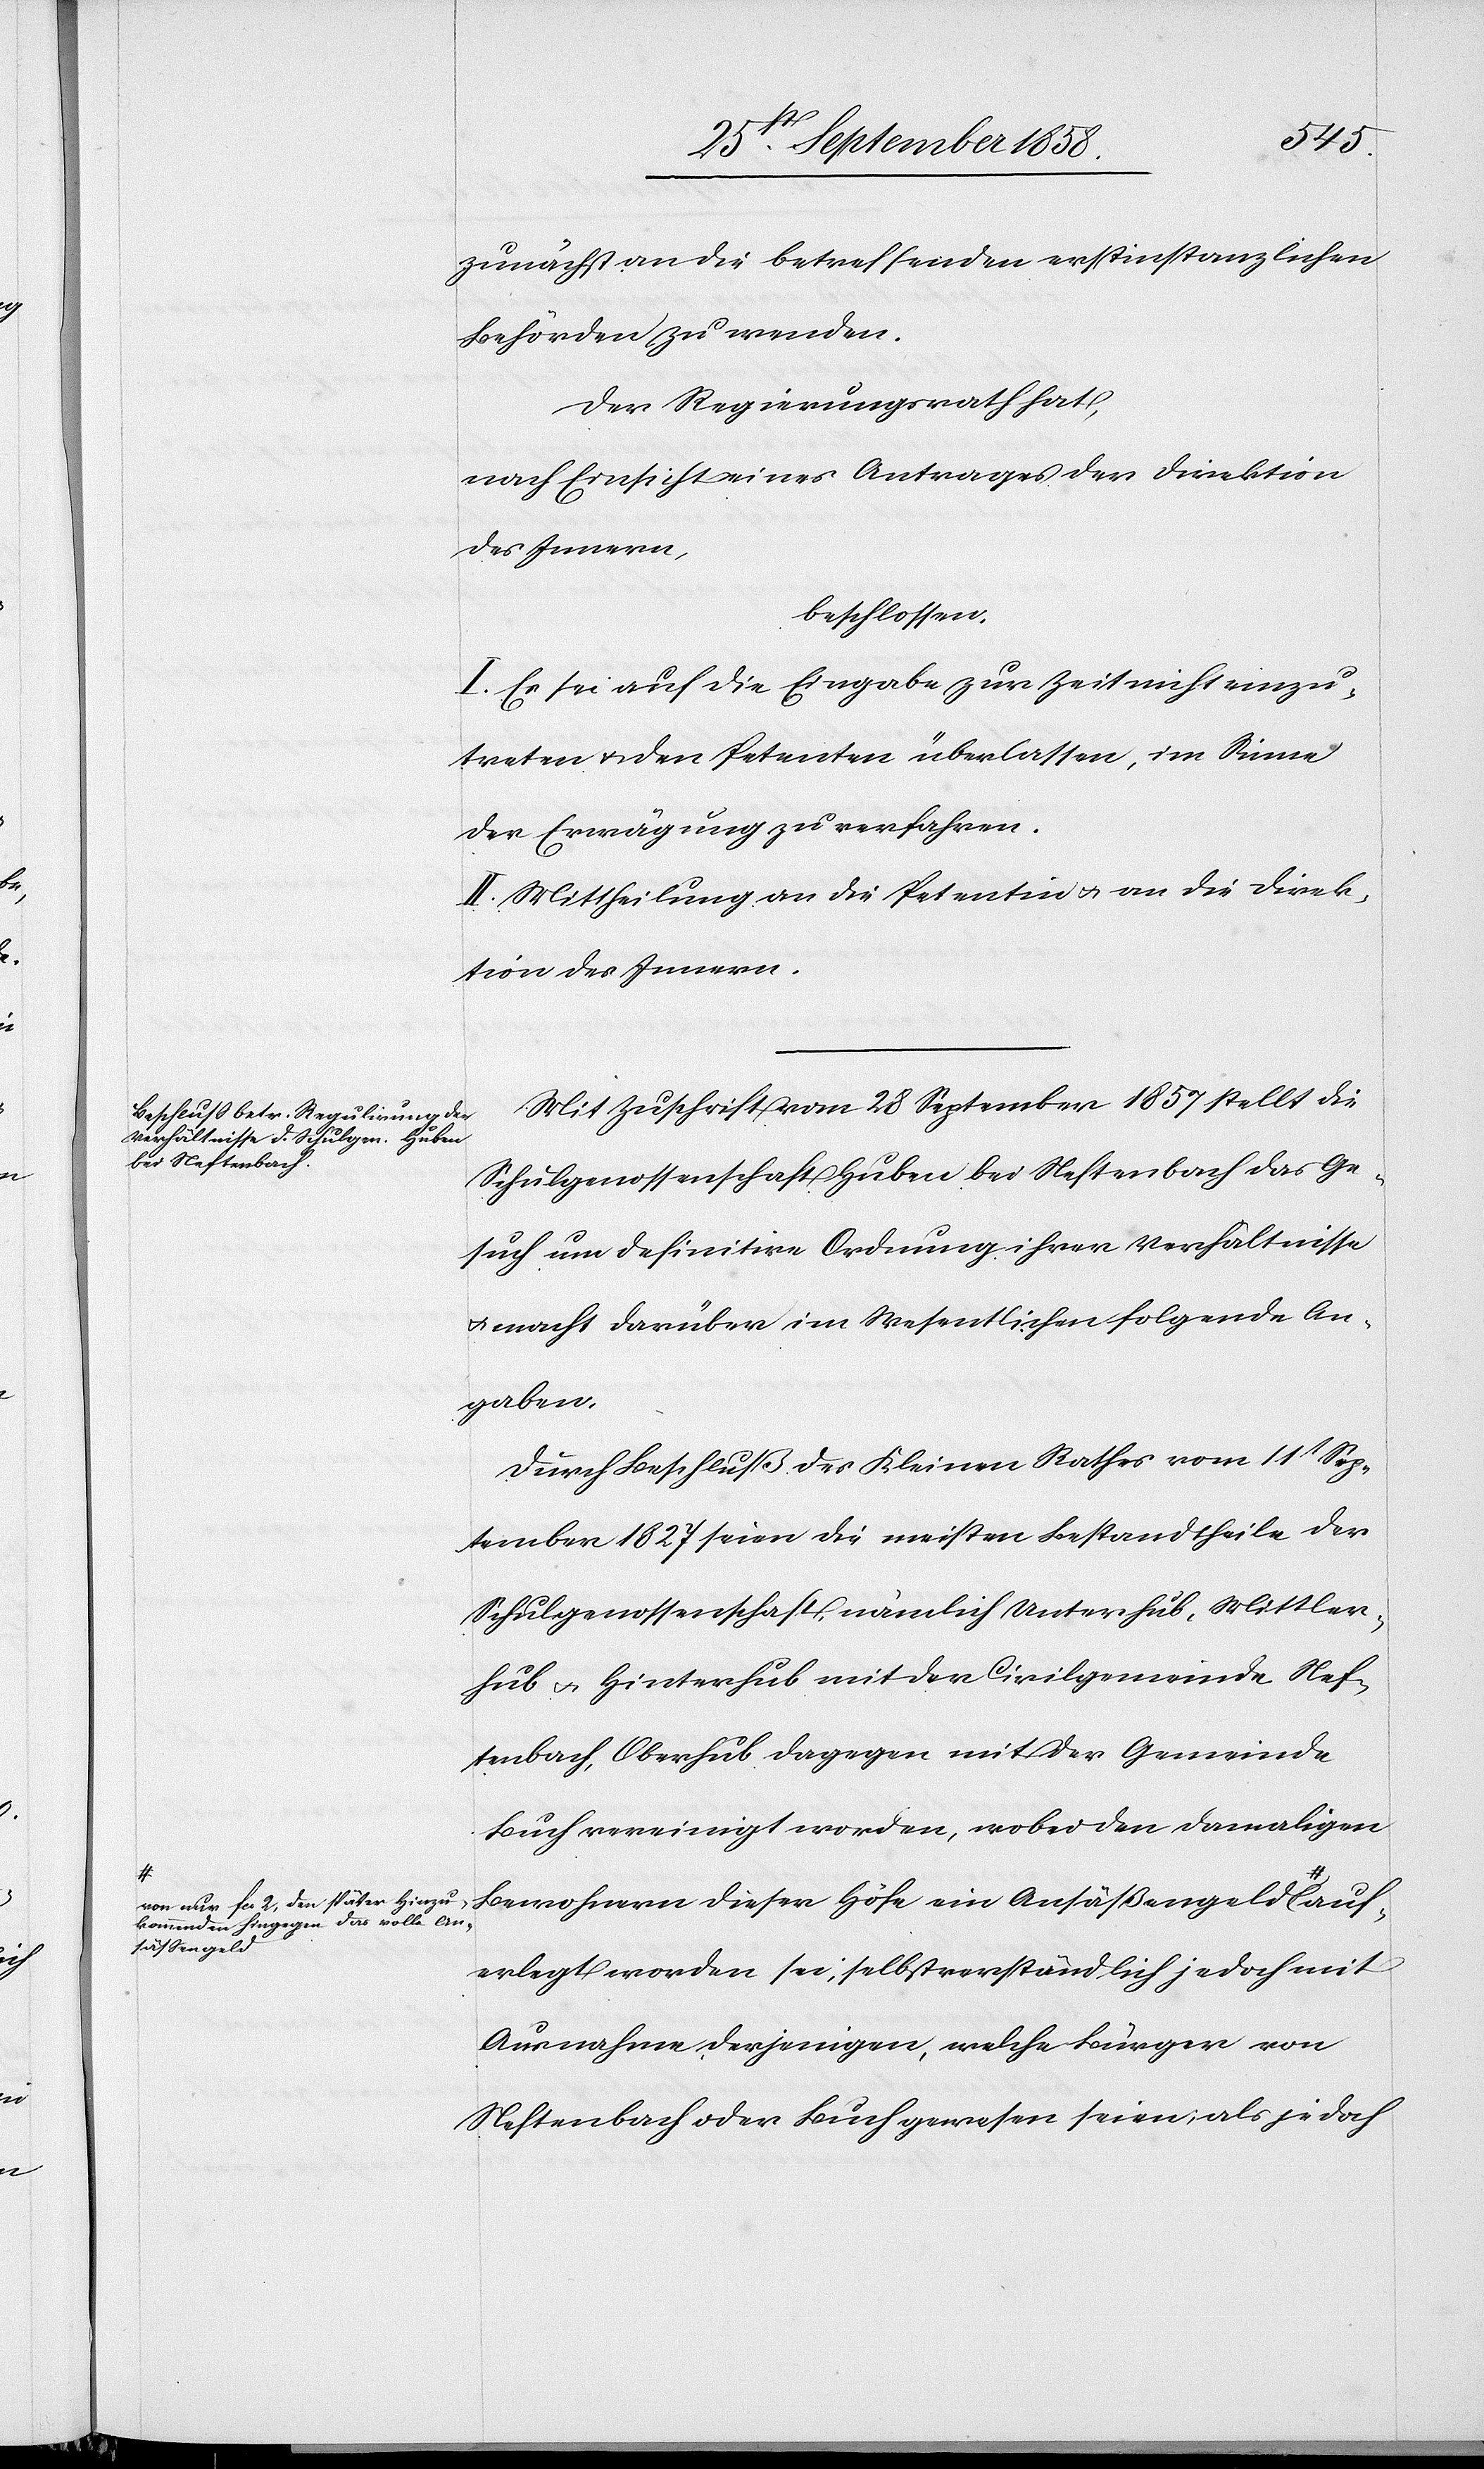
on nur fcs. 2, den später Hinzu¬
kommenden hingegen das volle An¬
sässengeld-a

auf¬
zunächst an die betreffenden erstinstanzlichen
Behörden zu wenden.
Der Regierungsrath hat,
nach Einsicht eines Antrages der Direktion
des Innern,
beschlossen:
I. Es sei auf die Eingabe zur Zeit nicht einzu¬
treten & den Petenten überlassen, im Sinne
der Erwägung zu verfahren.
II. Mittheilung an die Petentin & an die Direk¬
tion des Innern.
Mit Zuschrift vom 28 September 1857 stellt die
Schulgenossenschaft Huben bei Neftenbach das Ge¬
such um definitive Ordnung ihrer Verhältnisse
& macht darüber im Wesentlichen folgende An¬
gaben.
Durch Beschluß des Kleinen Rathes vom 11t Sep¬
tember 1827 seien die meisten Bestandtheile der
Schulgenossenschaft, nämlich Unterhub, Mittler¬
hub & Hinterhub mit der Civilgemeinde Nef¬
tenbach, Oberhub dagegen mit der Gemeinde
Buch vereinigt worden, wobei den damaligen
Bewohnern dieser Höfe ein Ansäßengeld a-v¬
erlegt worden sei, selbstverständlich jedoch mit
Ausnahme derjenigen, welche Bürger von
Neftenbach oder Buch gewesen seien; als jedoch